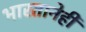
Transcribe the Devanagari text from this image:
भारतानेही